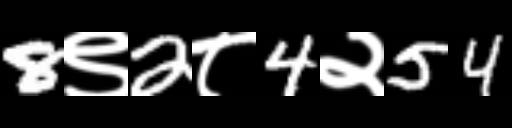
Text: 8९2८4२54